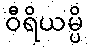
ဝီရိယမ္ပိ